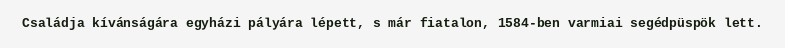
Családja kívánságára egyházi pályára lépett, s már fiatalon, 1584-ben varmiai segédpüspök lett.